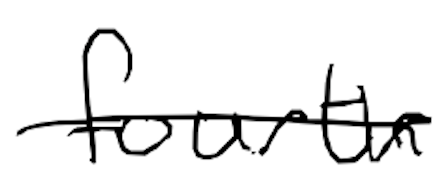
Text: fourth
Cross-out: mix
Writing tool: digital_black